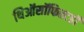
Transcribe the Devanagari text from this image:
थिऑसॉफिस्टही